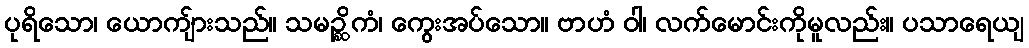
ပုရိသော၊ ယောကျ်ားသည်။ သမဉ္ဆိကံ၊ ကွေးအပ်သော။ ဗာဟံ ဝါ၊ လက်မောင်းကိုမူလည်း။ ပသာရေယျ